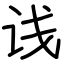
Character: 𬣡